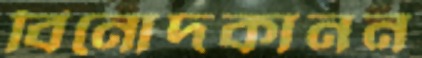
বিনোদকানন